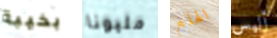
بخيبة مليونا الهلع أليس